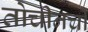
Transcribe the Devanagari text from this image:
तोचीनची